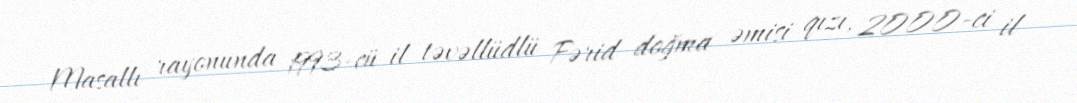
Masallı rayonunda 1993-cü il təvəllüdlü Fərid doğma əmisi qızı, 2000-ci il